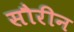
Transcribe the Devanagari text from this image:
सौरीन